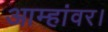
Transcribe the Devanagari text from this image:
आम्हांवर।